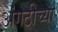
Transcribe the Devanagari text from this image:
अंगठीच्या